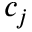
c _ { j }